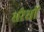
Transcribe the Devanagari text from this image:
सरेसों